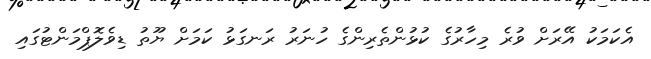
އެކަމަކު އޭރަށް ވުރެ މިހާރުގެ ކުޅުންތެރިންގެ ހުނަރު ރަނގަޅު ކަމަށް ޔޫތު ޑިވެލޮޕްމަންޓުގައި